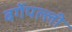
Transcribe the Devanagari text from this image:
बर्गेपल्ली